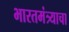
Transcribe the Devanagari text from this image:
भारतमंत्र्याचा